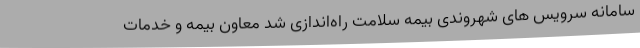
سامانه سرویس‌ های شهروندی بیمه سلامت راه‌اندازی شد معاون بیمه و خدمات